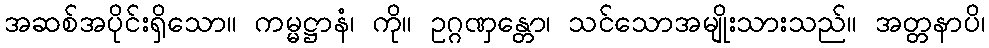
အဆစ်အပိုင်းရှိသော။ ကမ္မဋ္ဌာနံ၊ ကို။ ဥဂ္ဂဏှန္တော၊ သင်သောအမျိုးသားသည်။ အတ္တနာပိ၊